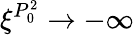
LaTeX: \xi^{P_{0}^{2}}\to-\infty